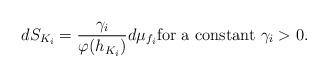
LaTeX: \begin{align*} dS_{K_i}= \frac{\gamma_i}{\varphi(h_{K_i})}d\mu_{f_i}\mbox{for a constant}~\gamma_i>0.\end{align*}